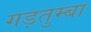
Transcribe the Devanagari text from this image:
गड़तुम्बा